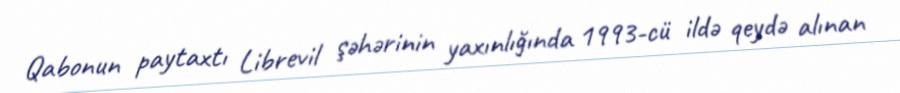
Qabonun paytaxtı Librevil şəhərinin yaxınlığında 1993-cü ildə qeydə alınan